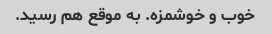
خوب و خوشمزه. به موقع هم رسید.